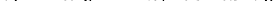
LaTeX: \smash{\tau_{c}=\omega_{E}^{-1}\sim a/\mathrm{\ textsl{v}}_{a}}